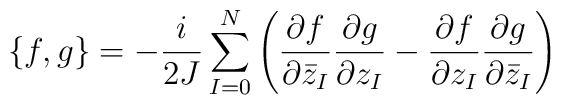
\{f,g\}=-\frac{i}{2J}\sum_{I=0}^N\left(\frac{\partial f}{\partial {\bar z}_I}\frac{\partial g}{\partial z_I}-\frac{\partial f}{\partial z_I}\frac{\partial g}{\partial {\bar z}_I}\right)